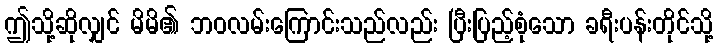
ဤသို့ဆိုလျှင် မိမိ၏ ဘဝလမ်းကြောင်းသည်လည်း ပြီးပြည့်စုံသော ခရီးပန်းတိုင်သို့